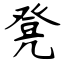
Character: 凳